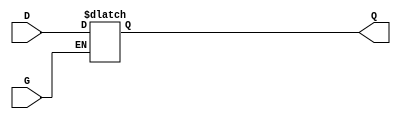
module async_gated_latch (
    input wire D,   // Data input
    input wire G,   // Gate/Enable signal
    output reg Q    // Stored output
);
    
    // Always block for asynchronous behavior
    always @(*) begin
        if (G) begin
            Q = D;  // When G is high, Q follows D
        end
        // When G is low, Q retains its last state automatically
    end

    // To handle the initial condition (optional)
    initial begin
        Q = 1'b0; // Set initial value of Q to 0 (can be customized)
    end
    
endmodule